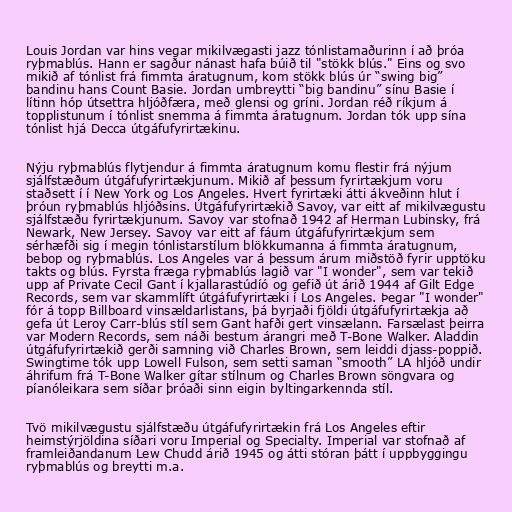
Louis Jordan var hins vegar mikilvægasti jazz tónlistamaðurinn í að þróa
ryþmablús. Hann er sagður nánast hafa búið til "stökk blús." Eins og svo
mikið af tónlist frá fimmta áratugnum, kom stökk blús úr “swing big”
bandinu hans Count Basie. Jordan umbreytti “big bandinu” sínu Basie í
lítinn hóp útsettra hljóðfæra, með glensi og gríni. Jordan réð ríkjum á
topplistunum í tónlist snemma á fimmta áratugnum. Jordan tók upp sína
tónlist hjá Decca útgáfufyrirtækinu.

Nýju ryþmablús flytjendur á fimmta áratugnum komu flestir frá nýjum
sjálfstæðum útgáfufyrirtækjunum. Mikið af þessum fyrirtækjum voru
staðsett í í New York og Los Angeles. Hvert fyrirtæki átti ákveðinn hlut í
þróun ryþmablús hljóðsins. Útgáfufyrirtækið Savoy, var eitt af mikilvægustu
sjálfstæðu fyrirtækjunum. Savoy var stofnað 1942 af Herman Lubinsky, frá
Newark, New Jersey. Savoy var eitt af fáum útgáfufyrirtækjum sem
sérhæfði sig í megin tónlistarstílum blökkumanna á fimmta áratugnum,
bebop og ryþmablús. Los Angeles var á þessum árum miðstöð fyrir upptöku
takts og blús. Fyrsta fræga ryþmablús lagið var "I wonder", sem var tekið
upp af Private Cecil Gant í kjallarastúdíó og gefið út árið 1944 af Gilt Edge
Records, sem var skammlíft útgáfufyrirtæki í Los Angeles. Þegar "I wonder"
fór á topp Billboard vinsældarlistans, þá byrjaði fjöldi útgáfufyrirtækja að
gefa út Leroy Carr-blús stíl sem Gant hafði gert vinsælann. Farsælast þeirra
var Modern Records, sem náði bestum árangri með T-Bone Walker. Aladdin
útgáfufyrirtækið gerði samning við Charles Brown, sem leiddi djass-poppið.
Swingtime tók upp Lowell Fulson, sem setti saman “smooth” LA hljóð undir
áhrifum frá T-Bone Walker gítar stílnum og Charles Brown söngvara og
píanóleikara sem síðar þróaði sinn eigin byltingarkennda stíl.

Tvö mikilvægustu sjálfstæðu útgáfufyrirtækin frá Los Angeles eftir
heimstýrjöldina síðari voru Imperial og Specialty. Imperial var stofnað af
framleiðandanum Lew Chudd árið 1945 og átti stóran þátt í uppbyggingu
ryþmablús og breytti m.a.